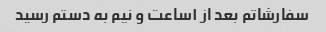
سفارشاتم بعد از ۱ساعت و نیم به دستم رسید